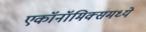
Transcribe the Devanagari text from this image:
एकॉनॉमिक्समध्ये